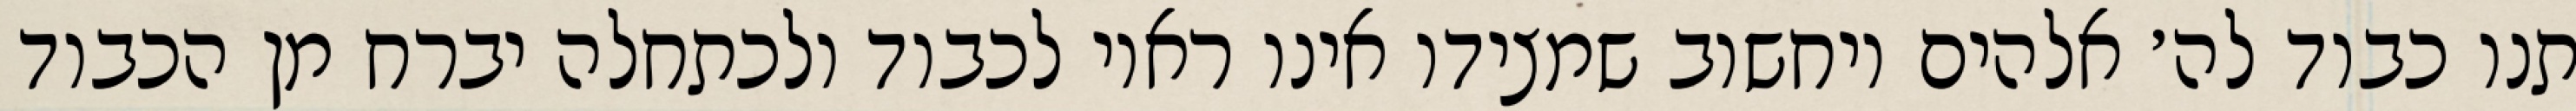
תנו כבוד לה׳ אלהים ויחשוב שמצידו אינו ראוי לכבוד ולכתחלה יברח מן הכבוד